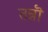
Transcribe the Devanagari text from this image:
तन्नॊ